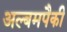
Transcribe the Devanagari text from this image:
अल्बमपैकी